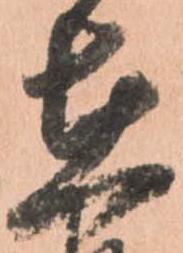
在